Necessitous school children, 1924
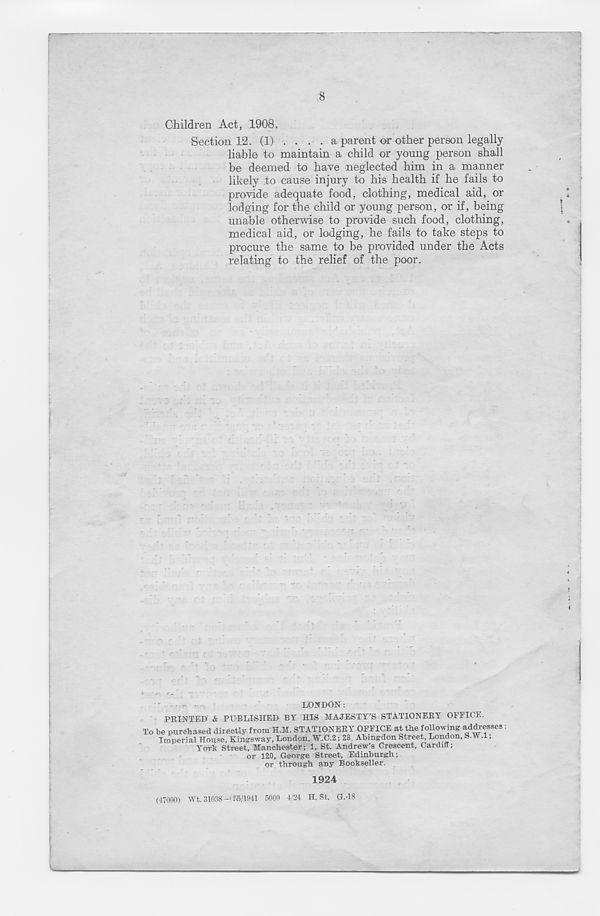
8
Children Act, 1908.
Section 12. (1) ..... a parent or other person legally
liable to maintain a child or young person shall
be deemed to have neglected him in a manner
likely to cause injury to his health if he fails to
provide adequate food, clothing, medical aid, or
lodging for the child or young person, or if, being
unable otherwise to provide such food, clothing,
medical aid, or lodging, he fails to take steps to
procure the same to be provided under the Acts
relating to the relief of the poor.
LONDON:
PRINTED & PUBLISHED BY HIS MAJESTY’S STATIONERY OFFICE.
To be purchased directly from H.M. STATIONERY OFFICE at the following addresses :
Imperial House, Kingsway, London, W.C.2; 28, Abingdon Street, London, S.W.l;
York Street, Manchester; 1, St. Andrew’s Crescent, Cardiff;
or 120, George Street, Edinburgh;
or through any Bookseller.
1924
(47000) Wt. 31038-' 05/1941 5000 4/24 H. St. G.J8